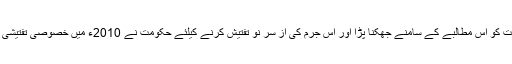
بالآخر راجستھان حکومت کو اس مطالبے کے سامنے جھکنا پڑا اور اس جرم کی از سر نو تفتیش کرنے کیلئے حکومت نے 2010ء میں خصوصی تفتیشی ایجنسی (SIT) قائم کی۔